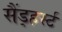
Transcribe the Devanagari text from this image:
सैंड्हर्स्ट